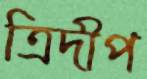
ত্রিদীপ